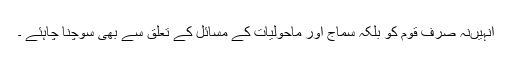
انہیںنہ صرف قوم کو بلکہ سماج اور ماحولیات کے مسائل کے تعلق سے بھی سوچنا چاہئے ۔